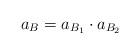
LaTeX: \begin{align*}a_{B}=a_{B_1}\cdot a_{B_2}\end{align*}